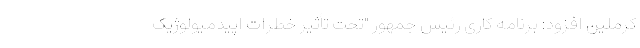
کرملین افزود: برنامه کاری رئیس جمهور "تحت تأثیر خطرات اپیدمیولوژیک